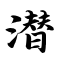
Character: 潜